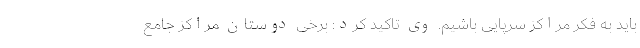
باید به فکر مراکز سرپایی باشیم. وی تاکید کرد: برخی دوستان مراکز جامع